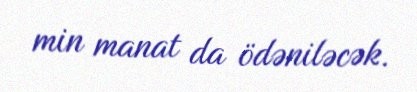
min manat da ödəniləcək.